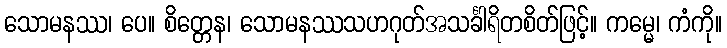
သောမနဿ၊ ပေ။ စိတ္တေန၊ သောမနဿသဟဂုတ်အသင်္ခါရိတစိတ်ဖြင့်။ ကမ္မေ၊ ကံကို။